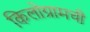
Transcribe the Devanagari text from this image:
किलोग्रामची